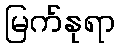
မြက်နုရာ